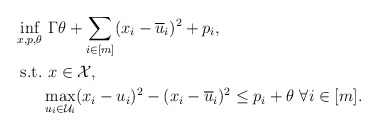
\begin{align*}\inf_{x, p, \theta} & \ \Gamma \theta + \sum_{i \in [m]} (x_i - \overline{u}_i)^2 + p_i, \\\mathrm{s.t.} & \ x \in \mathcal{X}, \\& \max_{u_i \in \mathcal{U}_i} (x_i - u_i)^2 - (x_i - \overline{u}_i)^2 \leq p_i + \theta \ \forall i \in [m].\end{align*}